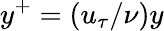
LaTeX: y^{+}=(u_{\tau}/\nu)y